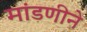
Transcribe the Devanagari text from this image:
मांडणीने